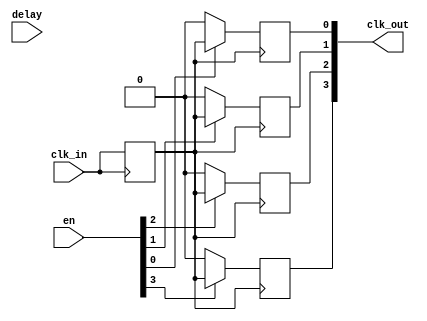
module HighFanoutClockBuffer #(
    parameter NUM_OUTPUTS = 4,         // Number of output ports
    parameter DELAY_WIDTH = 4           // Width of delay control (for programmable delay)
)(
    input wire clk_in,                  // Input clock signal
    input wire [NUM_OUTPUTS-1:0] en,   // Enable signals for each output
    input wire [DELAY_WIDTH-1:0] delay, // Programmable delay control
    output reg [NUM_OUTPUTS-1:0] clk_out // Buffered output clock signals
);

    // Internal signal for delayed clock
    reg clk_delayed;

    // Simple delay logic (for demonstration purposes)
    always @(posedge clk_in) begin
        // Apply programmable delay (this is a simple example)
        clk_delayed <= clk_in; // In a real design, implement actual delay logic
    end

    // Generate buffered clock outputs
    genvar i;
    generate
        for (i = 0; i < NUM_OUTPUTS; i = i + 1) begin : clock_output
            always @(posedge clk_delayed) begin
                if (en[i]) begin
                    clk_out[i] <= clk_delayed; // Buffer the delayed clock
                end else begin
                    clk_out[i] <= 1'b0; // Disable output if not enabled
                end
            end
        end
    endgenerate

endmodule